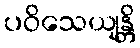
ပဝိသေယျန္တိ